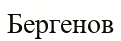
Бергенов